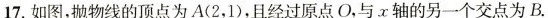
17.如图，抛物线的顶点为A(2，1)，且经过原点O，与x轴的另一个交点为B.